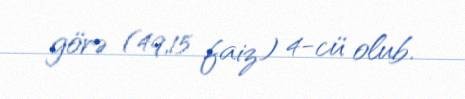
görə (49,15 faiz) 4-cü olub.